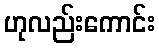
ဟုလည်းကောင်း